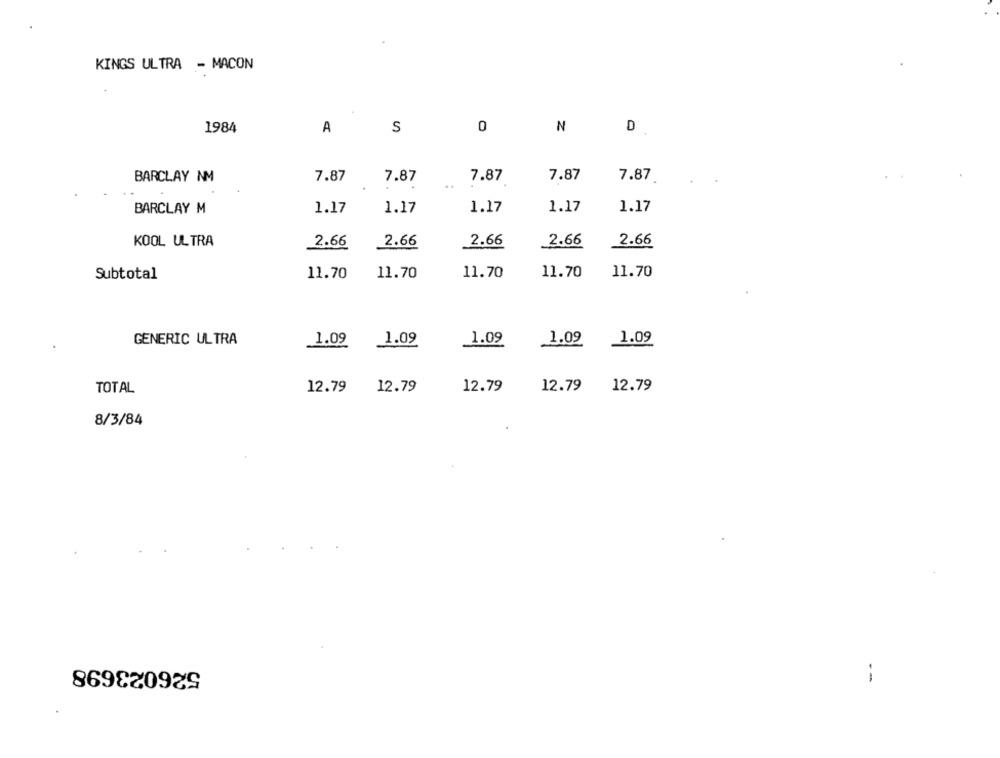
KINGS ULTRA - MACON
1984
A
S
0
N
D
BARCLAY NM
7.87
7.87
7.87
7.87
7.87
..
BARCLAY M
1.17
1.17
1.17
1.17
1.17
KOOL ULTRA
2.66
2.66
2.66
2.66
2.66
11.70
11.70
Subtotal
11.70
11.70
11.70
GENERIC ULTRA
1.09
1.09
1.09
1.09 1.09
12.79
TOTAL
12.79
12.79
12.79
12.79
8/3/84
526023698
--